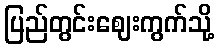
ပြည်တွင်းဈေးကွက်သို့